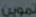
تموين